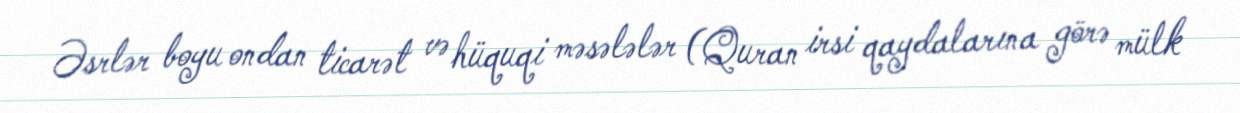
Əsrlər boyu ondan ticarət və hüquqi məsələlər (Quran irsi qaydalarına görə mülk